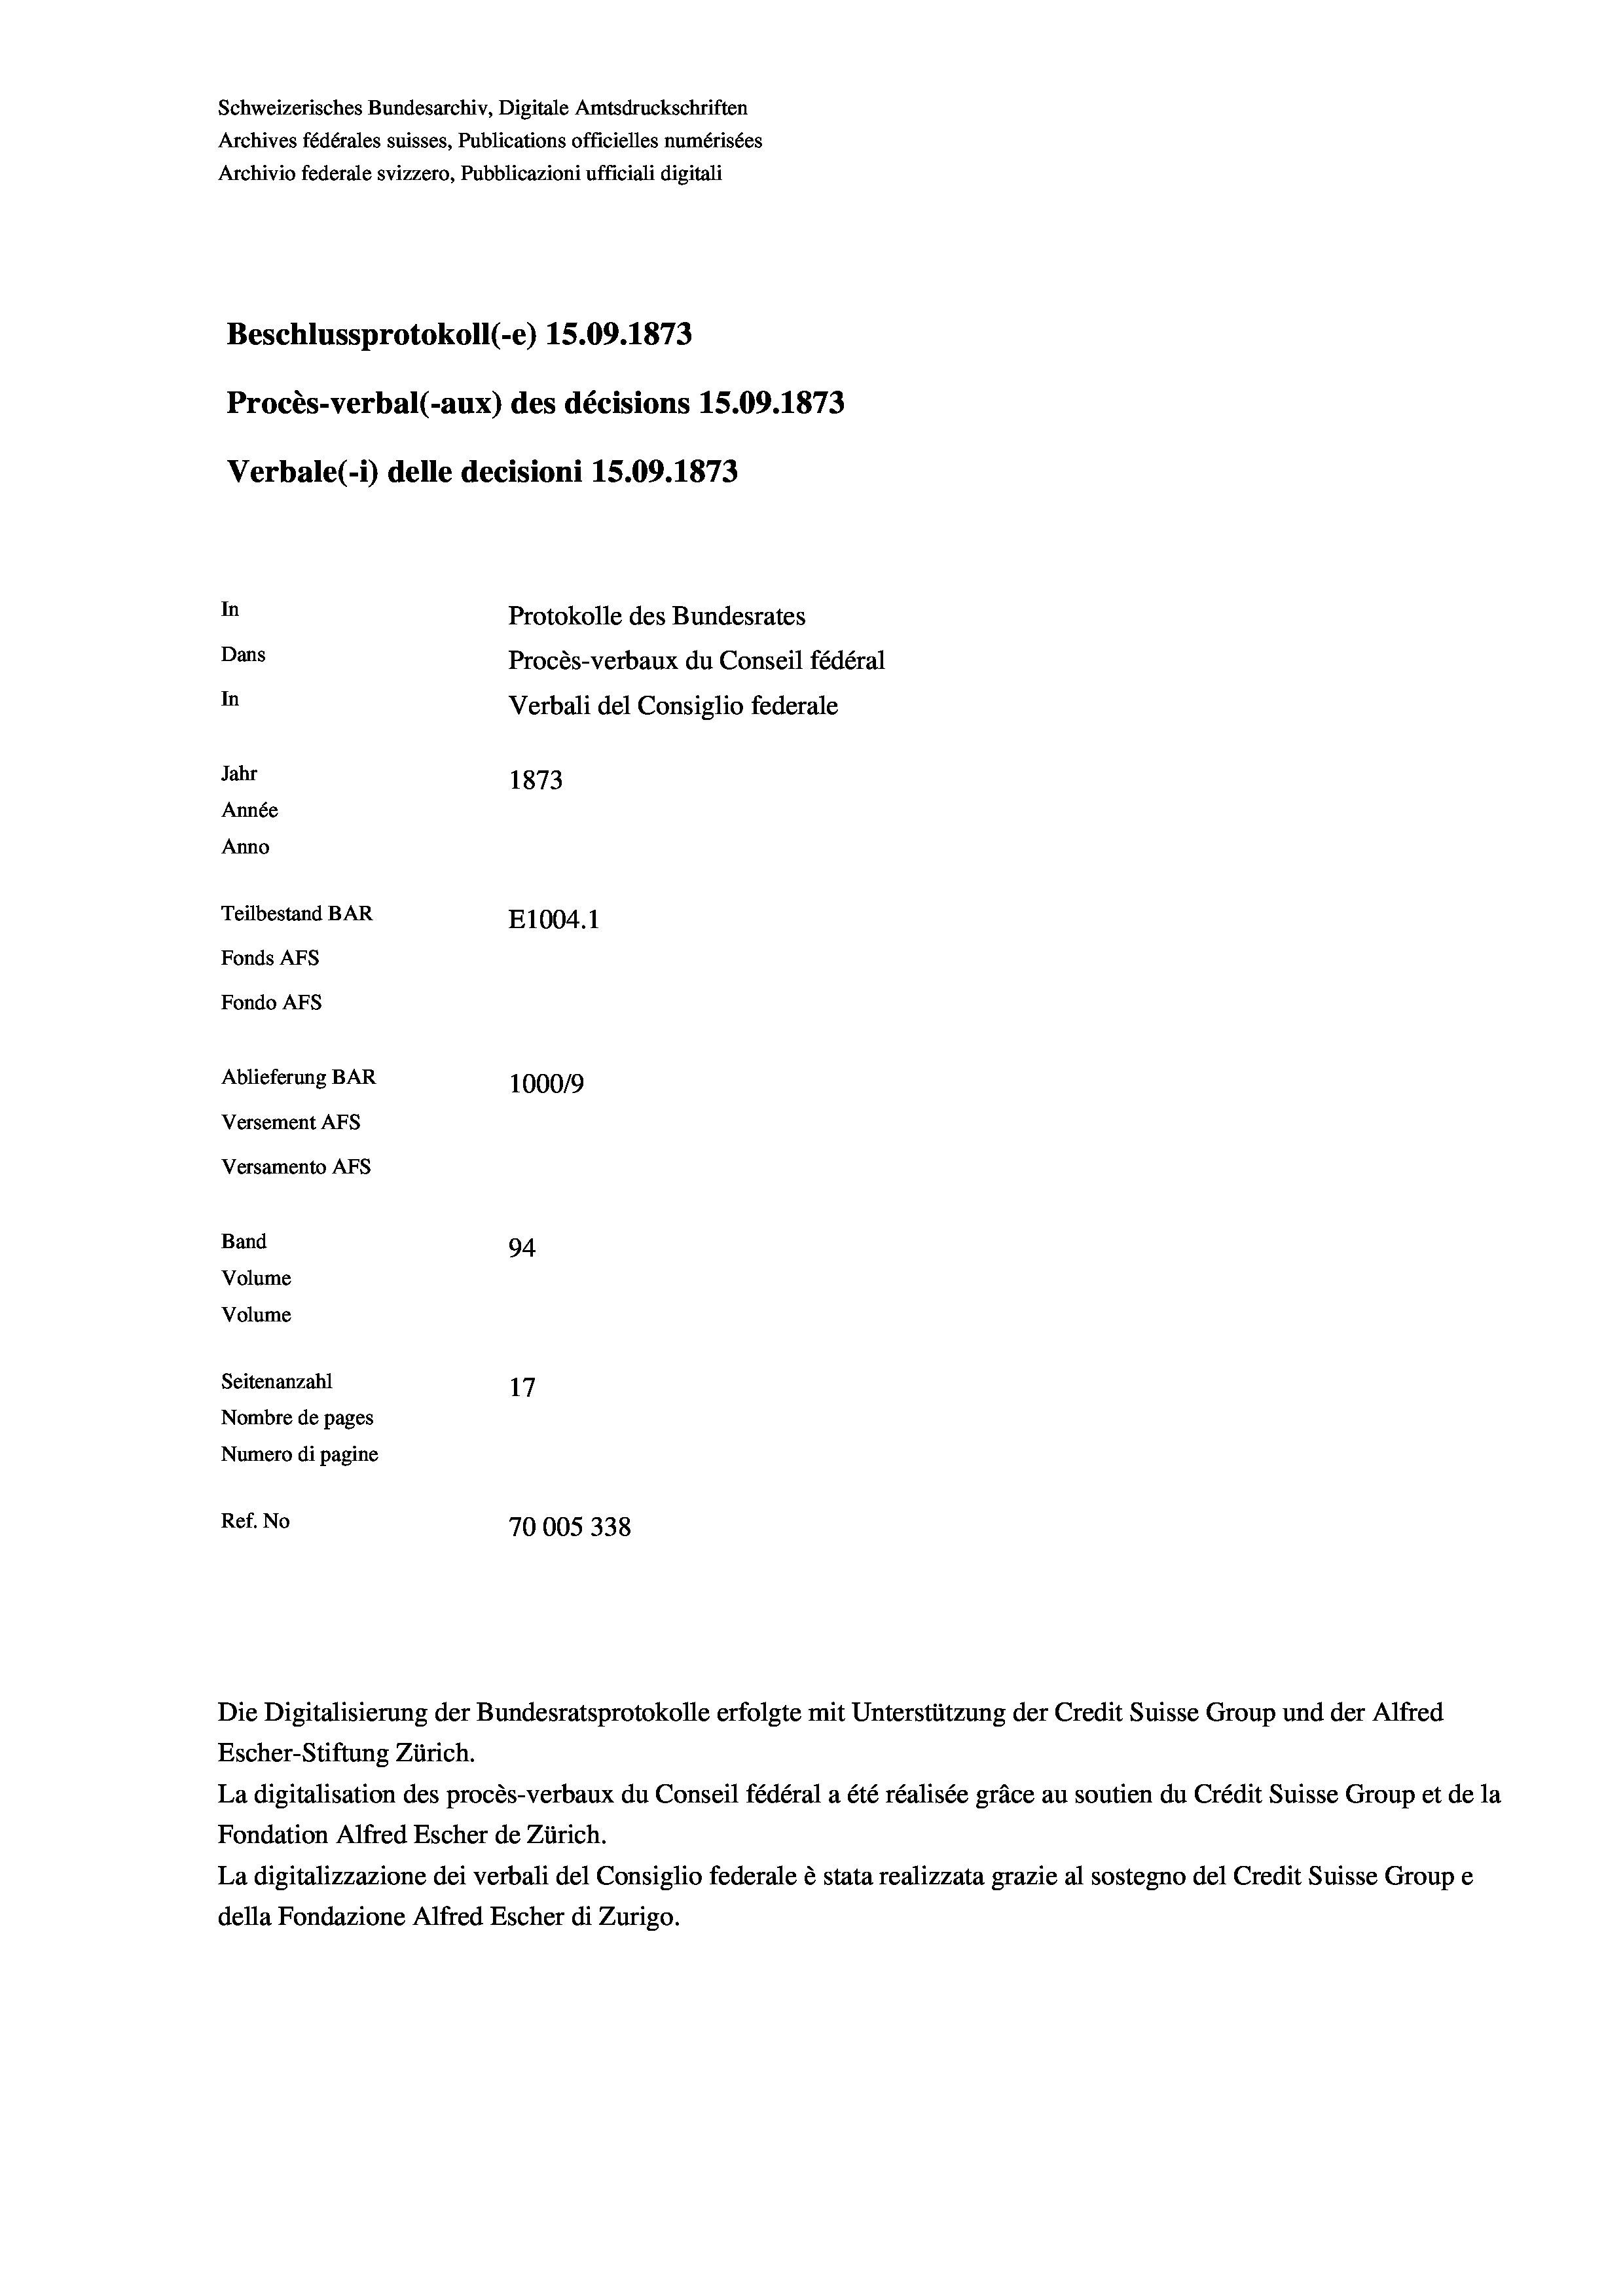
Schweizerisches Bundesarchiv, Digitale Amtsdruckschriften
Archives fédérales suisses, Publications officielles numérisées
Archivio federale svizzero, Pubblicazioni ufficiali digitali
Beschlussprotokoll (-e) 15.09. 1873
Procès-verbal (-aux) des décisions 15.09. 1873
Verbale(-*) delle decisioni 15.09. 1873
In
Protokolle des Bundesrates
Dans
Procès-verbaux du Conseil fédéral
In
Verbali del Consiglio federale
Jahr
1873
Année
Anno
Teilbestand BAR
E1004.1
Fonds AFs
Fondo AFs
Ablieferung BAR
100019
Versement Abs
Versamento Afs
Band
94
Volume
Volume
Seitenanzahl

Nombre de pages
Numero di pagine
Ref. No
70005338

La digitalisation des procès-verbaux du Conseil fédéral a été réalisée gräce au soutien du Crédit Suisse Group et de la
Fondation Alfred Escher de Zürich.
La digitalizzazione dei verbali del Consiglio federale è stata realizzata grazie al sostegno del Credit Suisse Groupe
della Fondazione Alfred Escher di Zurigo.

Die Digitalisierung der Bundesratsprotokolle erfolgte mit Unterstützung der Credit Suisse Group und der Alfred
Escher-Stiftung Zürich.